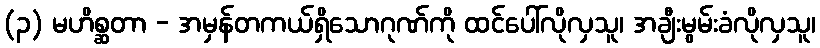
(၃) မဟိစ္ဆတာ - အမှန်တကယ်ရှိသောဂုဏ်ကို ထင်ပေါ်လိုလှသူ၊ အချီးမွမ်းခံလိုလှသူ၊